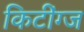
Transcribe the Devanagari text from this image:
किटींग्ज